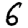
Digit: 6